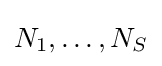
N_{1},\dots ,N_{S}